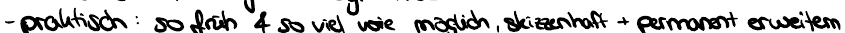
- praktisch: so früh & so viel wie möglich, skizzenhaft + permanent erweitern